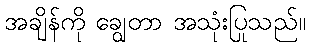
အချိန်ကို ချွေတာ အသုံးပြုသည်။